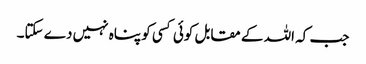
جب کہ اللہ کے مقابل کوئی کسی کو پناہ نہیں دے سکتا۔